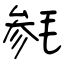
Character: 毵